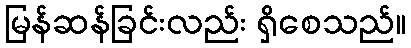
မြန်ဆန်ခြင်းလည်း ရှိစေသည်။